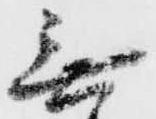
無